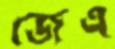
জেএ